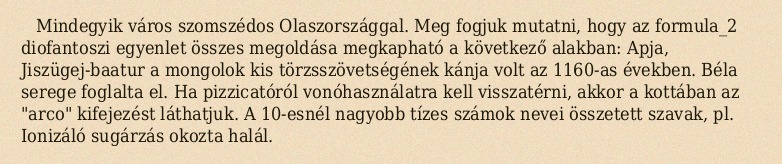
Mindegyik város szomszédos Olaszországgal. Meg fogjuk mutatni, hogy az formula_2 diofantoszi egyenlet összes megoldása megkapható a következő alakban: Apja, Jiszügej-baatur a mongolok kis törzsszövetségének kánja volt az 1160-as években. Béla serege foglalta el. Ha pizzicatóról vonóhasználatra kell visszatérni, akkor a kottában az "arco" kifejezést láthatjuk. A 10-esnél nagyobb tízes számok nevei összetett szavak, pl. Ionizáló sugárzás okozta halál.